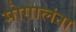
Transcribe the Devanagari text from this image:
मोगालंना